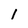
Character: l